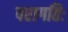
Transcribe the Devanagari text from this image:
परागतिः